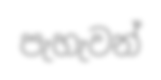
පැහැවන්